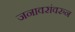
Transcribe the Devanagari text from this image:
जनावरांवरुन